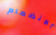
الانضمام